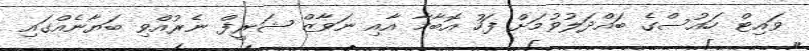
ވައިޓް ހައުސްގެ ބައްދަލުވުމަށް ފަހު އޮބާމާ އާއި ނަވާޒް ޝަރީފް ނެރުއްވި ބަޔާނެއްގައި